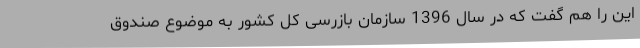
این را هم گفت که در سال 1396 سازمان بازرسی کل کشور به موضوع صندوق